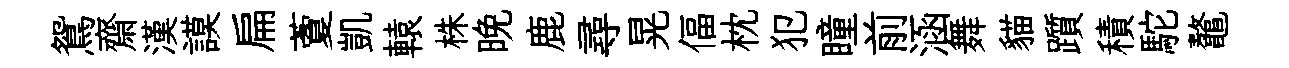
鴛齋漢謨扁藑凱轅株晚鹿尋晃偪枕犯瞳前涵舞貓躓積駝鼇